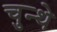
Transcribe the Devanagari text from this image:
चुन्थे